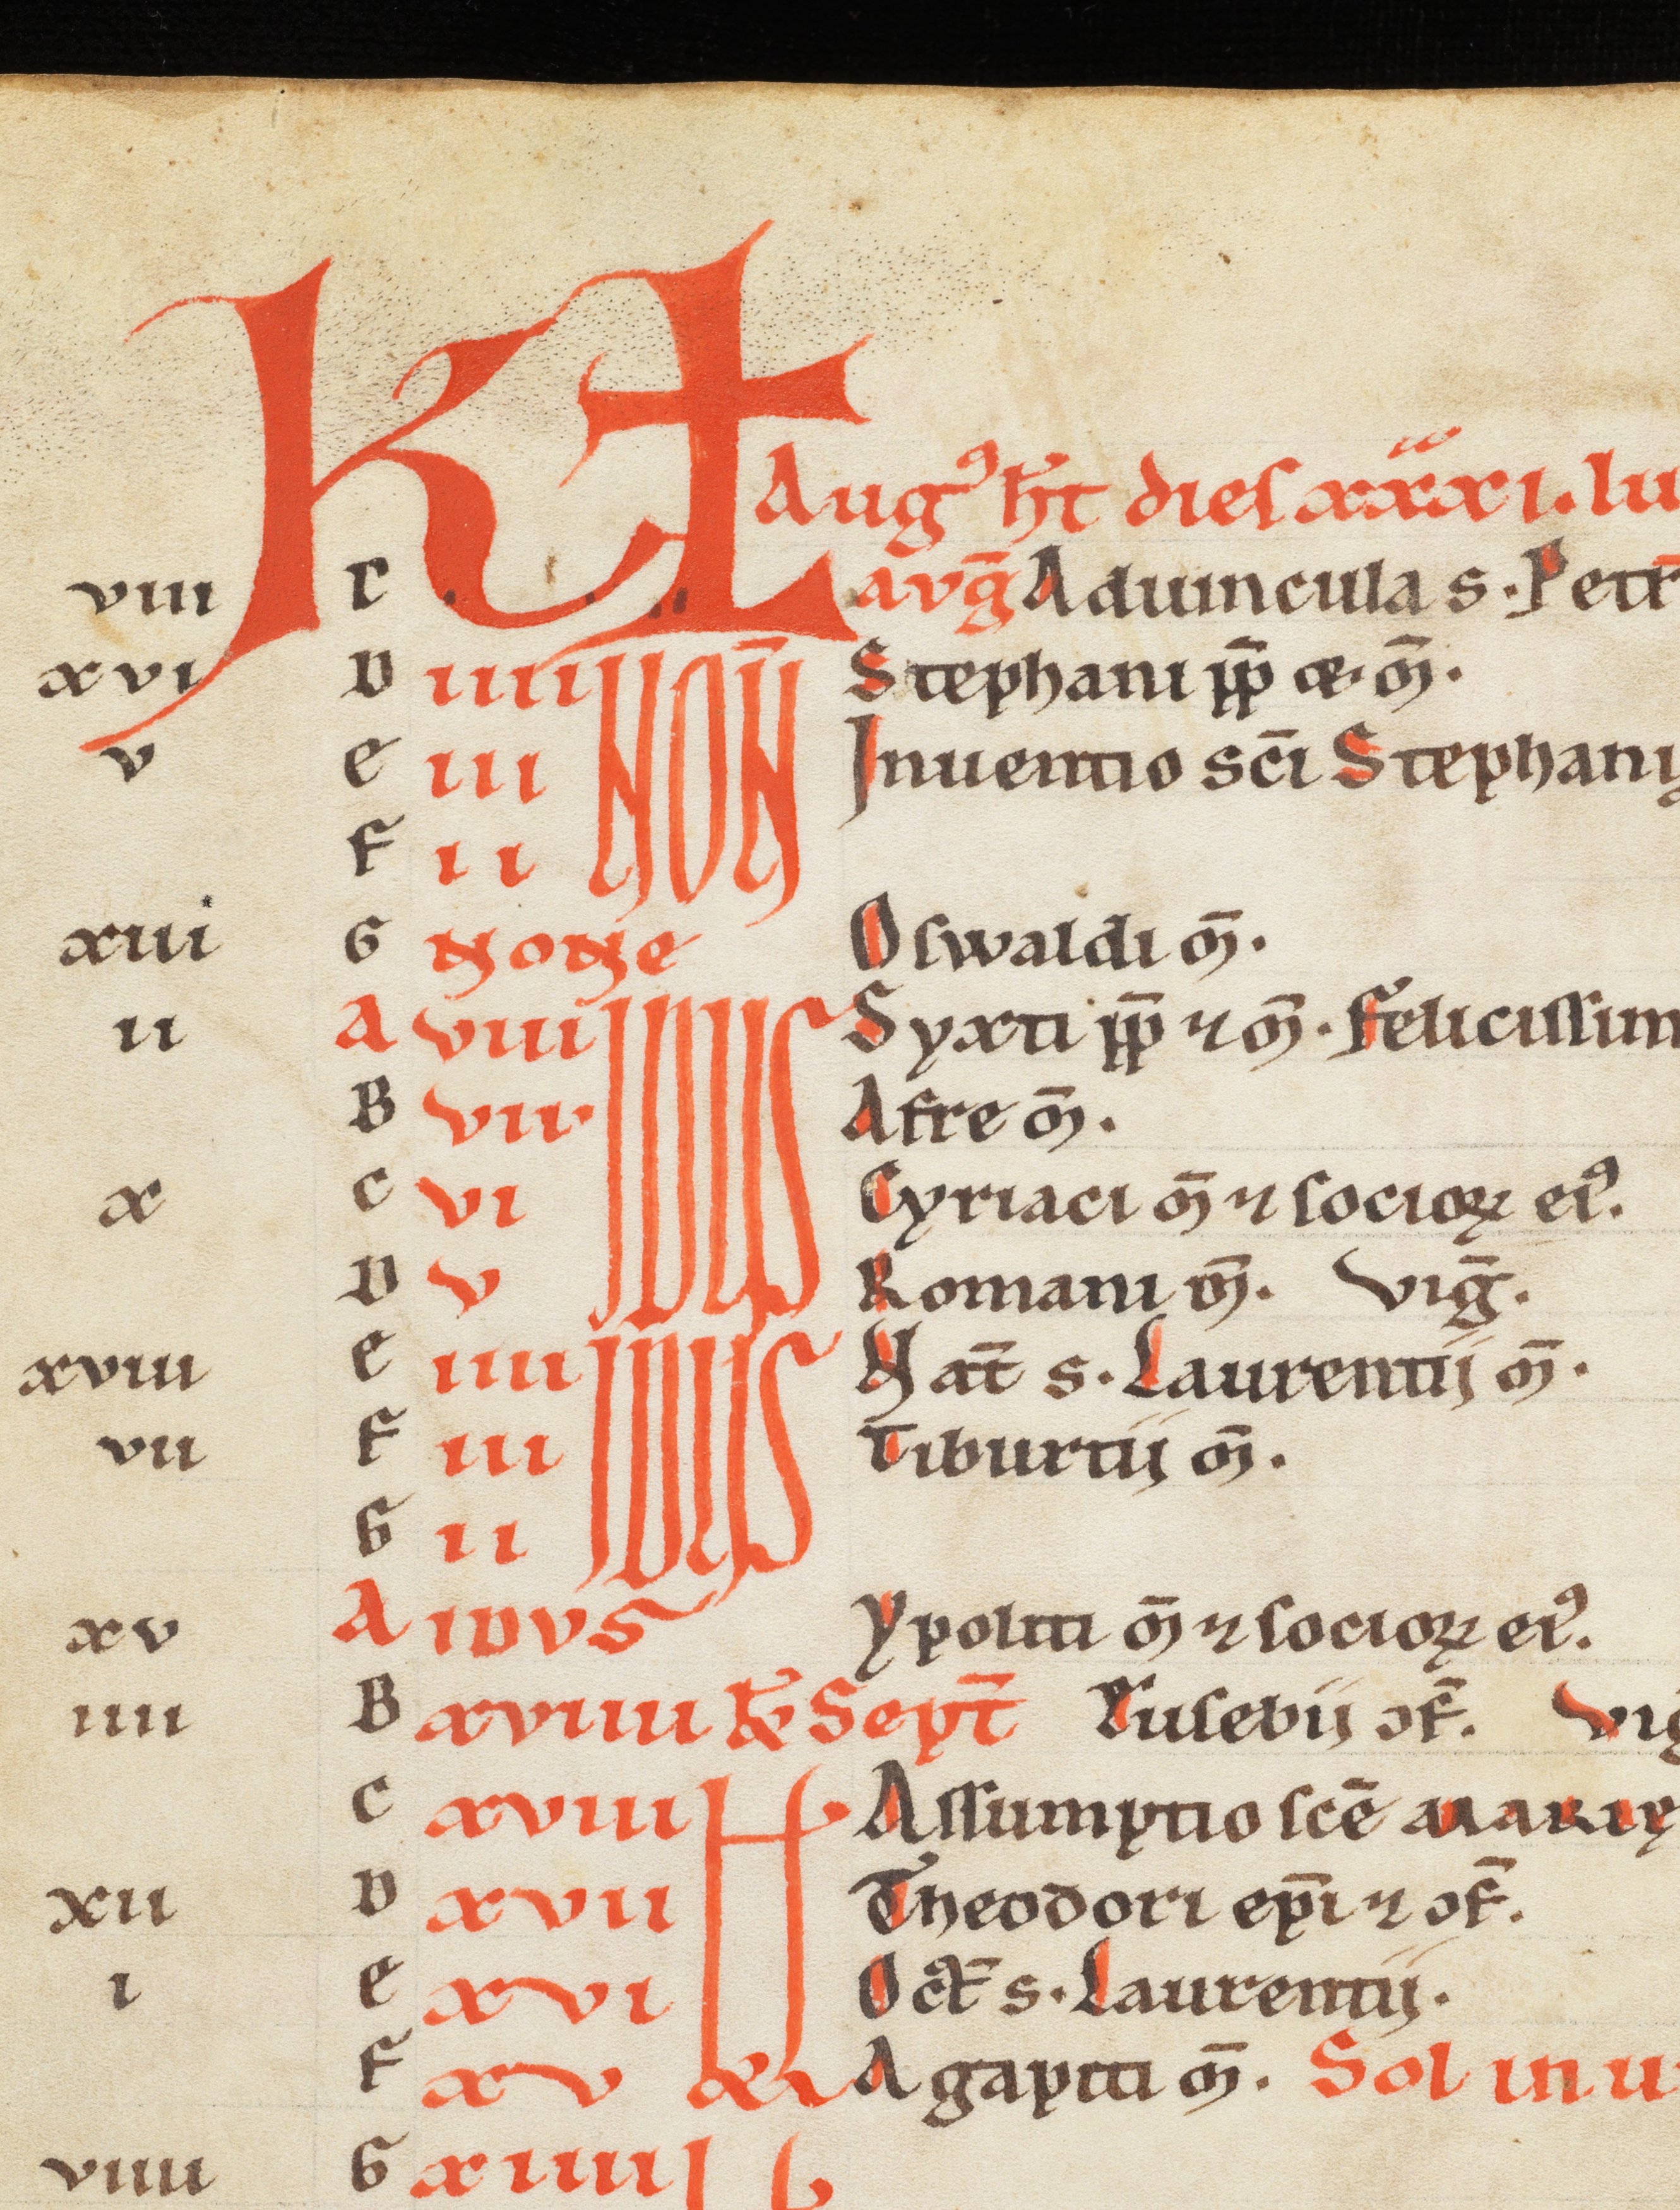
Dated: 1185–1249